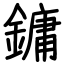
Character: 鏞